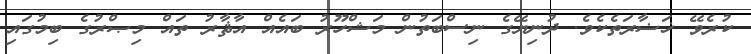
ކުރެވޭ ޚަޟާރަތެކެވެ. ދުނިޔޭގެ ނިސްބަތުން މަޝްހޫރު ބައެއް އާޘާރު ތައް މިޞްރުގެ ބިމުގައި